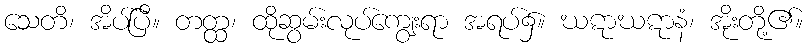
သေတိ၊ အိပ်ပြီ။ တတ္ထ၊ ထိုဆွမ်းလုပ်ကျွေးရာ အရပ်၌။ ဃဋာဃဋာနံ၊ အိုးတို့၏။